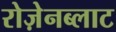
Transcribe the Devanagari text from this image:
रोज़ेनब्लाट